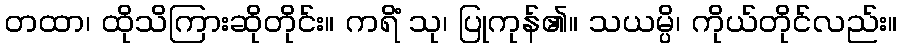
တထာ၊ ထိုသိကြားဆိုတိုင်း။ ကရိံ သု၊ ပြုကုန်၏။ သယမ္ပိ၊ ကိုယ်တိုင်လည်း။